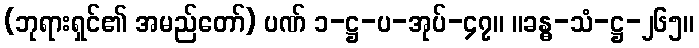
(ဘုရားရှင်၏ အမည်တော်) ပဏ် ၁-ဋ္ဌ-ပ-အုပ်-၄၇။ ။ခန္ဓ-သံ-ဋ္ဌ-၂၆၅။